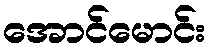
အောင်မောင်း